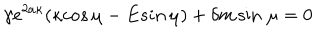
LaTeX: \gamma e ^ { 2 a \kappa } ( \kappa c o s \, \mu - E s i n \, \mu ) + \delta m \sin \, \mu = 0